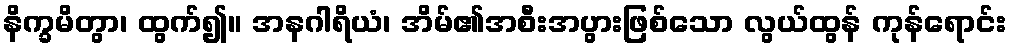
နိက္ခမိတွာ၊ ထွက်၍။ အနဂါရိယံ၊ အိမ်၏အစီးအပွားဖြစ်သော လွယ်ထွန် ကုန်ရောင်း